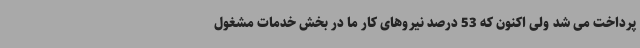
پرداخت می شد ولی اکنون که 53 درصد نیروهای کار ما در بخش خدمات مشغول